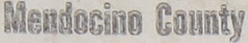
Mendocino County